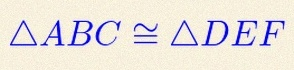
\triangle ABC\cong\triangle DEF